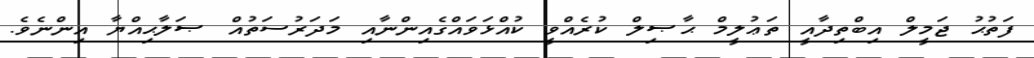
ފަތުޙު ޖަމީލް އިބްތިދާއީ ތަޢުލީމް ޙާޞިލް ކުރެއްވީ ކުއްޅަވައްގެއިންނާއި މަދަރުސަތުއް ޞަލާޙިއްޔާ އިންނެވެ.